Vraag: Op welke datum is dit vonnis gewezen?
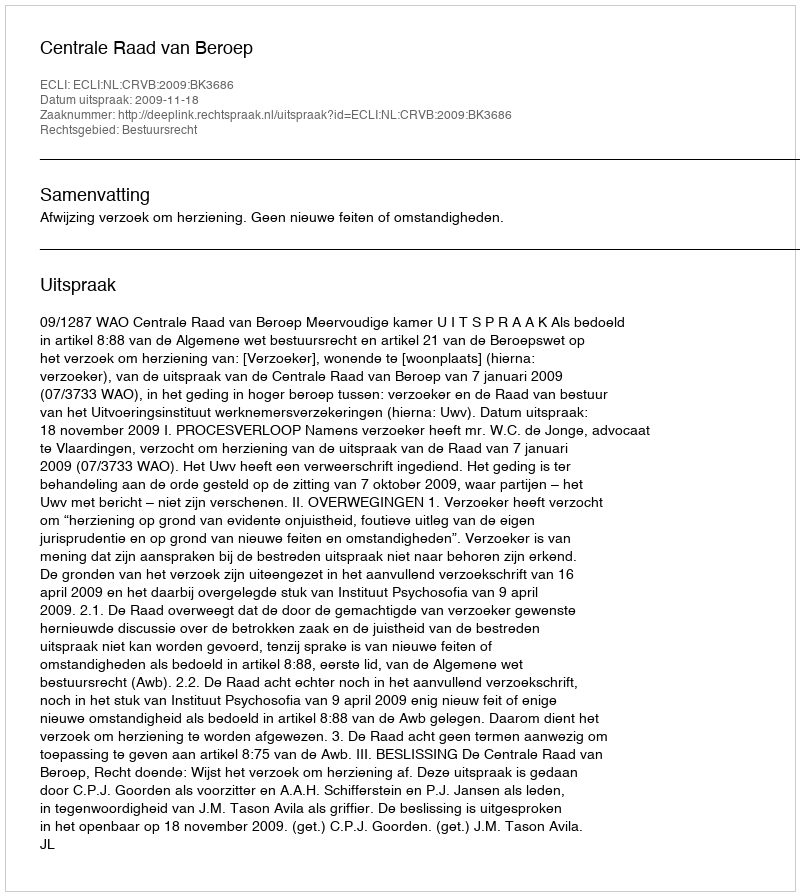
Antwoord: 2009-11-18